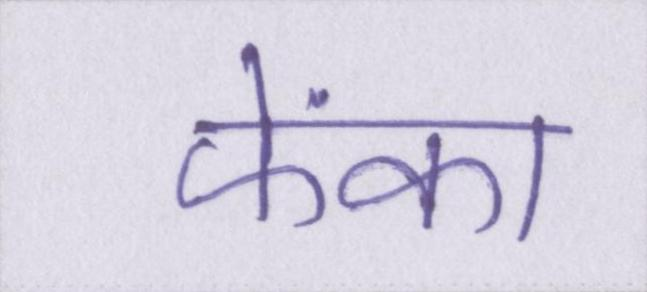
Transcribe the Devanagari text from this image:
फेंका